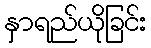
နှာရည်ယိုခြင်း